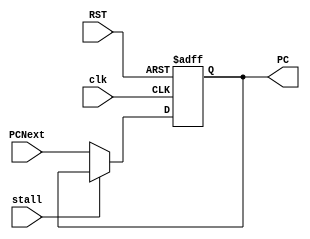
module PC (
	input wire												clk,RST,stall,
	input wire 				[31:0]					PCNext,
	output reg					[31:0]					PC	
);

always@(posedge clk or negedge RST)
	begin
		if(!RST)
			begin
				PC<=32'b0 ;
			end
		else if(!stall)
			begin
				PC<=PCNext ;				
			end
	end

endmodule